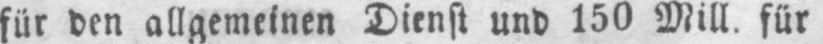
für den allgemeinen Dienst und 150 Mill. für